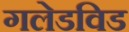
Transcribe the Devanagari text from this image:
गलेडविड